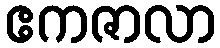
ဧကဇာလာ